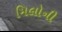
મિલોની